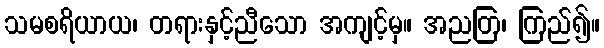
သမစရိယာယ၊ တရားနှင့်ညီသော အကျင့်မှ။ အညတြ၊ ကြည်၍။